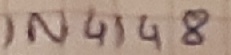
Text: IN4148